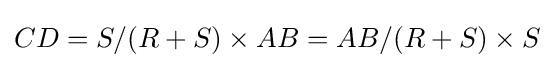
CD=S/(R+S)\times AB=AB/(R+S)\times S